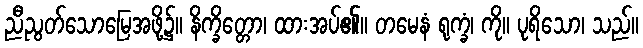
ညီညွတ်သောမြေအဖို့၌။ နိက္ခိတ္တော၊ ထားအပ်၏။ တမေနံ ရုက္ခံ၊ ကို။ ပုရိသော၊ သည်။